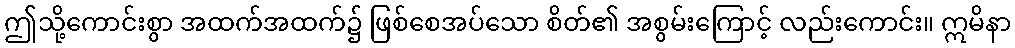
ဤသို့ကောင်းစွာ အထက်အထက်၌ ဖြစ်စေအပ်သော စိတ်၏ အစွမ်းကြောင့် လည်းကောင်း။ ဣမိနာ